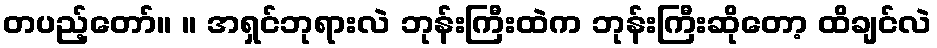
တပည့်တော်။ ။ အရှင်ဘုရားလဲ ဘုန်းကြီးထဲက ဘုန်းကြီးဆိုတော့ ထိချင်လဲ